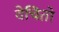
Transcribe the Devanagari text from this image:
वेचितो